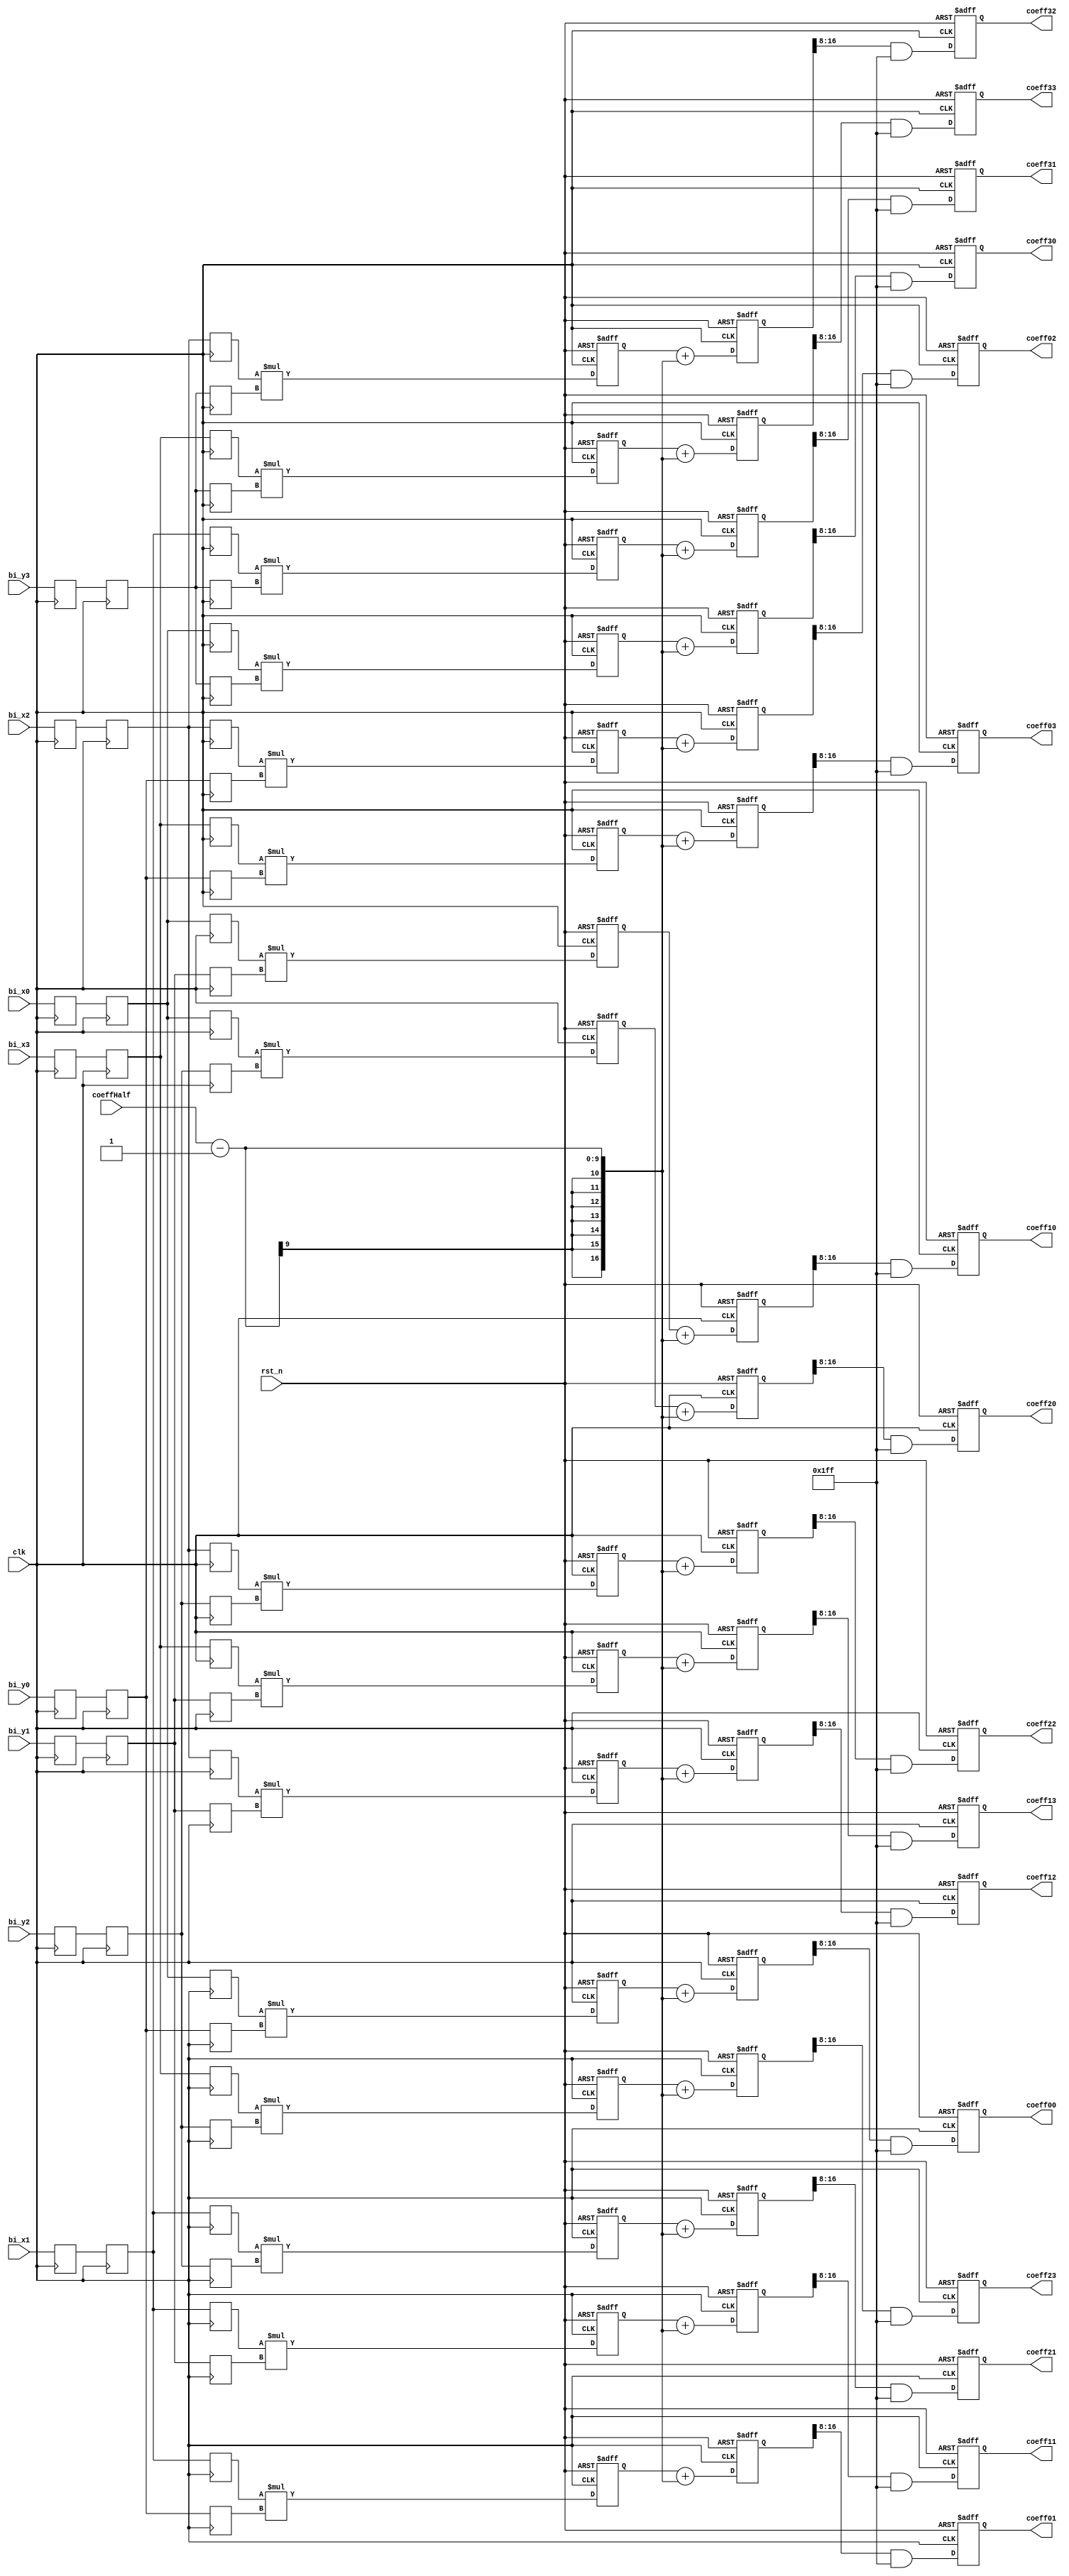
module coefficient #(
	parameter FRACTION_BITS = 8,
	parameter COEFF_WIDTH   = 9
)(
	input               clk,    
	input               rst_n,
	input      [8:0]    coeffHalf,
	input      [8:0]    bi_y0,bi_y1,bi_y2,bi_y3,bi_x0,bi_x1,bi_x2,bi_x3,  
	output reg [8:0]    coeff00,coeff01,coeff02,coeff03,
	output reg [8:0]    coeff10,coeff11,coeff12,coeff13,
	output reg [8:0]    coeff20,coeff21,coeff22,coeff23,
	output reg [8:0]    coeff30,coeff31,coeff32,coeff33
);

reg [8:0]  bi_y0_reg,bi_y1_reg,bi_y2_reg,bi_y3_reg,bi_x0_reg,bi_x1_reg,bi_x2_reg,bi_x3_reg; 
reg [8:0]  bi_y0_reg0,bi_y1_reg0,bi_y2_reg0,bi_y3_reg0,bi_x0_reg0,bi_x1_reg0,bi_x2_reg0,bi_x3_reg0;
(* keep = "true" *)reg [8:0]  bi_y0_reg_dump0,bi_y1_reg_dump0,bi_y2_reg_dump0,bi_y3_reg_dump0,bi_x0_reg_dump0,bi_x1_reg_dump0,bi_x2_reg_dump0,bi_x3_reg_dump0;
(* keep = "true" *)reg [8:0]  bi_y0_reg_dump1,bi_y1_reg_dump1,bi_y2_reg_dump1,bi_y3_reg_dump1,bi_x0_reg_dump1,bi_x1_reg_dump1,bi_x2_reg_dump1,bi_x3_reg_dump1;
(* keep = "true" *)reg [8:0]  bi_y0_reg_dump2,bi_y1_reg_dump2,bi_y2_reg_dump2,bi_y3_reg_dump2,bi_x0_reg_dump2,bi_x1_reg_dump2,bi_x2_reg_dump2,bi_x3_reg_dump2;
(* keep = "true" *)reg [8:0]  bi_y0_reg_dump3,bi_y1_reg_dump3,bi_y2_reg_dump3,bi_y3_reg_dump3,bi_x0_reg_dump3,bi_x1_reg_dump3,bi_x2_reg_dump3,bi_x3_reg_dump3;
always@(posedge clk)
begin
	bi_y0_reg <= bi_y0;
	bi_y1_reg <= bi_y1;
	bi_y2_reg <= bi_y2;
	bi_y3_reg <= bi_y3;
	bi_x0_reg <= bi_x0;
	bi_x1_reg <= bi_x1;
	bi_x2_reg <= bi_x2;
	bi_x3_reg <= bi_x3;
	
	bi_y0_reg0 <= bi_y0_reg;
	bi_y1_reg0 <= bi_y1_reg;
	bi_y2_reg0 <= bi_y2_reg;
	bi_y3_reg0 <= bi_y3_reg;
	bi_x0_reg0 <= bi_x0_reg;
	bi_x1_reg0 <= bi_x1_reg;
	bi_x2_reg0 <= bi_x2_reg;
	bi_x3_reg0 <= bi_x3_reg;
	
	bi_y0_reg_dump0 <= bi_y0_reg0;
	bi_y1_reg_dump0 <= bi_y1_reg0;
	bi_y2_reg_dump0 <= bi_y2_reg0;
	bi_y3_reg_dump0 <= bi_y3_reg0;
	bi_x0_reg_dump0 <= bi_x0_reg0;
	bi_x1_reg_dump0 <= bi_x1_reg0;
	bi_x2_reg_dump0 <= bi_x2_reg0;
	bi_x3_reg_dump0 <= bi_x3_reg0;
	
	bi_y0_reg_dump1 <= bi_y0_reg0;
	bi_y1_reg_dump1 <= bi_y1_reg0;
	bi_y2_reg_dump1 <= bi_y2_reg0;
	bi_y3_reg_dump1 <= bi_y3_reg0;
	bi_x0_reg_dump1 <= bi_x0_reg0;
	bi_x1_reg_dump1 <= bi_x1_reg0;
	bi_x2_reg_dump1 <= bi_x2_reg0;
	bi_x3_reg_dump1 <= bi_x3_reg0;
	
	bi_y0_reg_dump2 <= bi_y0_reg0;
	bi_y1_reg_dump2 <= bi_y1_reg0;
	bi_y2_reg_dump2 <= bi_y2_reg0;
	bi_y3_reg_dump2 <= bi_y3_reg0;
	bi_x0_reg_dump2 <= bi_x0_reg0;
	bi_x1_reg_dump2 <= bi_x1_reg0;
	bi_x2_reg_dump2 <= bi_x2_reg0;
	bi_x3_reg_dump2 <= bi_x3_reg0;
	
	bi_y0_reg_dump3 <= bi_y0_reg0;
	bi_y1_reg_dump3 <= bi_y1_reg0;
	bi_y2_reg_dump3 <= bi_y2_reg0;
	bi_y3_reg_dump3 <= bi_y3_reg0;
	bi_x0_reg_dump3 <= bi_x0_reg0;
	bi_x1_reg_dump3 <= bi_x1_reg0;
	bi_x2_reg_dump3 <= bi_x2_reg0;
	bi_x3_reg_dump3 <= bi_x3_reg0;
end

reg [17:0] coeff00_mul,coeff01_mul,coeff02_mul,coeff03_mul;
reg [17:0] coeff10_mul,coeff11_mul,coeff12_mul,coeff13_mul;
reg [17:0] coeff20_mul,coeff21_mul,coeff22_mul,coeff23_mul;
reg [17:0] coeff30_mul,coeff31_mul,coeff32_mul,coeff33_mul;
always @(posedge clk or negedge rst_n)
begin
	if(!rst_n)
	begin
		coeff00_mul <= 0;
		coeff01_mul <= 0;
		coeff02_mul <= 0;
		coeff03_mul <= 0;
		coeff10_mul <= 0;
		coeff11_mul <= 0;
		coeff12_mul <= 0;
		coeff13_mul <= 0;
		coeff20_mul <= 0;
		coeff21_mul <= 0;
		coeff22_mul <= 0;
		coeff23_mul <= 0;
		coeff30_mul <= 0;
		coeff31_mul <= 0;
		coeff32_mul <= 0;
		coeff33_mul <= 0;
	end
	else
	begin
		coeff00_mul <= bi_x0_reg_dump0*bi_y0_reg_dump0;
		coeff01_mul <= bi_x1_reg_dump0*bi_y0_reg_dump1;
		coeff02_mul <= bi_x2_reg_dump0*bi_y0_reg_dump2;
		coeff03_mul <= bi_x3_reg_dump0*bi_y0_reg_dump3;
		//                 
		coeff10_mul <= bi_x0_reg_dump1*bi_y1_reg_dump0;
		coeff11_mul <= bi_x1_reg_dump1*bi_y1_reg_dump1;
		coeff12_mul <= bi_x2_reg_dump1*bi_y1_reg_dump2;
		coeff13_mul <= bi_x3_reg_dump1*bi_y1_reg_dump3;
		//                
		coeff20_mul <= bi_x0_reg_dump2*bi_y2_reg_dump0;
		coeff21_mul <= bi_x1_reg_dump2*bi_y2_reg_dump1;
		coeff22_mul <= bi_x2_reg_dump2*bi_y2_reg_dump2;
		coeff23_mul <= bi_x3_reg_dump2*bi_y2_reg_dump3;
		//                 
		coeff30_mul <= bi_x0_reg_dump3*bi_y3_reg_dump0;
		coeff31_mul <= bi_x1_reg_dump3*bi_y3_reg_dump1;
		coeff32_mul <= bi_x2_reg_dump3*bi_y3_reg_dump2;
		coeff33_mul <= bi_x3_reg_dump3*bi_y3_reg_dump3;
	end
end

reg [17:0] coeff00_add,coeff01_add,coeff02_add,coeff03_add;
reg [17:0] coeff10_add,coeff11_add,coeff12_add,coeff13_add;
reg [17:0] coeff20_add,coeff21_add,coeff22_add,coeff23_add;
reg [17:0] coeff30_add,coeff31_add,coeff32_add,coeff33_add;
always @(posedge clk or negedge rst_n)
begin
	if(!rst_n)
	begin
		coeff00_add <= 0;
		coeff01_add <= 0;
		coeff02_add <= 0;
		coeff03_add <= 0;
		coeff10_add <= 0;
		coeff11_add <= 0;
		coeff12_add <= 0;
		coeff13_add <= 0;
		coeff20_add <= 0;
		coeff21_add <= 0;
		coeff22_add <= 0;
		coeff23_add <= 0;
		coeff30_add <= 0;
		coeff31_add <= 0;
		coeff32_add <= 0;
		coeff33_add <= 0;
	end
	else
	begin
		coeff00_add <= coeff00_mul + (coeffHalf - 1);
		coeff01_add <= coeff01_mul + (coeffHalf - 1);
		coeff02_add <= coeff02_mul + (coeffHalf - 1);
		coeff03_add <= coeff03_mul + (coeffHalf - 1);
		//             
		coeff10_add <= coeff10_mul + (coeffHalf - 1);
		coeff11_add <= coeff11_mul + (coeffHalf - 1);
		coeff12_add <= coeff12_mul + (coeffHalf - 1);
		coeff13_add <= coeff13_mul + (coeffHalf - 1);
		//             
		coeff20_add <= coeff20_mul + (coeffHalf - 1);
		coeff21_add <= coeff21_mul + (coeffHalf - 1);
		coeff22_add <= coeff22_mul + (coeffHalf - 1);
		coeff23_add <= coeff23_mul + (coeffHalf - 1);
		//             
		coeff30_add <= coeff30_mul + (coeffHalf - 1);
		coeff31_add <= coeff31_mul + (coeffHalf - 1);
		coeff32_add <= coeff32_mul + (coeffHalf - 1);
		coeff33_add <= coeff33_mul + (coeffHalf - 1);
	end
end

always @(posedge clk or negedge rst_n)
begin
	if(!rst_n)
	begin
		coeff00 <= 0;
		coeff01 <= 0;
		coeff02 <= 0;
		coeff03 <= 0;
		coeff10 <= 0;
		coeff11 <= 0;
		coeff12 <= 0;
		coeff13 <= 0;
		coeff20 <= 0;
		coeff21 <= 0;
		coeff22 <= 0;
		coeff23 <= 0;
		coeff30 <= 0;
		coeff31 <= 0;
		coeff32 <= 0;
		coeff33 <= 0;
	end
	else
	begin
		coeff00 <= (coeff00_add>>FRACTION_BITS) & {{COEFF_WIDTH{1'b0}}, {COEFF_WIDTH{1'b1}}};
		coeff01 <= (coeff01_add>>FRACTION_BITS) & {{COEFF_WIDTH{1'b0}}, {COEFF_WIDTH{1'b1}}};
		coeff02 <= (coeff02_add>>FRACTION_BITS) & {{COEFF_WIDTH{1'b0}}, {COEFF_WIDTH{1'b1}}};
		coeff03 <= (coeff03_add>>FRACTION_BITS) & {{COEFF_WIDTH{1'b0}}, {COEFF_WIDTH{1'b1}}};
		//                 
		coeff10 <= (coeff10_add>>FRACTION_BITS) & {{COEFF_WIDTH{1'b0}}, {COEFF_WIDTH{1'b1}}};
		coeff11 <= (coeff11_add>>FRACTION_BITS) & {{COEFF_WIDTH{1'b0}}, {COEFF_WIDTH{1'b1}}};
		coeff12 <= (coeff12_add>>FRACTION_BITS) & {{COEFF_WIDTH{1'b0}}, {COEFF_WIDTH{1'b1}}};
		coeff13 <= (coeff13_add>>FRACTION_BITS) & {{COEFF_WIDTH{1'b0}}, {COEFF_WIDTH{1'b1}}};
		//                  
		coeff20 <= (coeff20_add>>FRACTION_BITS) & {{COEFF_WIDTH{1'b0}}, {COEFF_WIDTH{1'b1}}};
		coeff21 <= (coeff21_add>>FRACTION_BITS) & {{COEFF_WIDTH{1'b0}}, {COEFF_WIDTH{1'b1}}};
		coeff22 <= (coeff22_add>>FRACTION_BITS) & {{COEFF_WIDTH{1'b0}}, {COEFF_WIDTH{1'b1}}};
		coeff23 <= (coeff23_add>>FRACTION_BITS) & {{COEFF_WIDTH{1'b0}}, {COEFF_WIDTH{1'b1}}};
		//                 
		coeff30 <= (coeff30_add>>FRACTION_BITS) & {{COEFF_WIDTH{1'b0}}, {COEFF_WIDTH{1'b1}}};
		coeff31 <= (coeff31_add>>FRACTION_BITS) & {{COEFF_WIDTH{1'b0}}, {COEFF_WIDTH{1'b1}}};
		coeff32 <= (coeff32_add>>FRACTION_BITS) & {{COEFF_WIDTH{1'b0}}, {COEFF_WIDTH{1'b1}}};
		coeff33 <= (coeff33_add>>FRACTION_BITS) & {{COEFF_WIDTH{1'b0}}, {COEFF_WIDTH{1'b1}}};
	end
end

endmodule